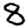
Digit: 8